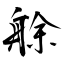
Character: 艅